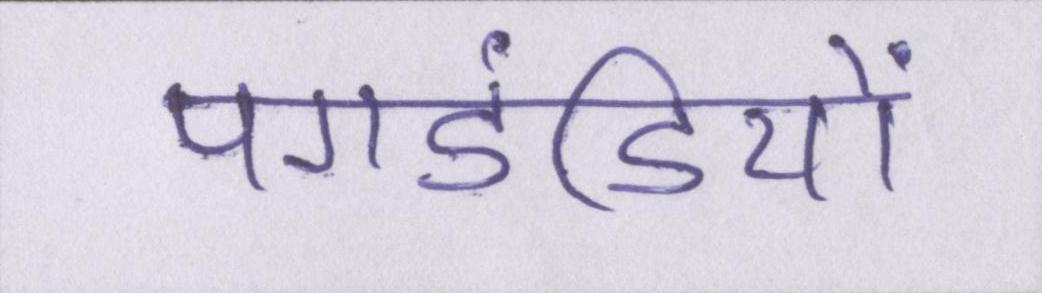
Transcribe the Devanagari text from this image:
पगडंडियों